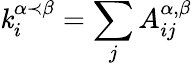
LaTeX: \mathit{k}_{i}^{\alpha\prec\beta}=\sum_{j}{A_{ij}^{\alpha,\beta}}